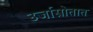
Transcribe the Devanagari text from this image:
उर्जास्रोतात